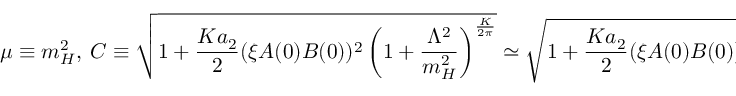
\mu \equiv m _ { H } ^ { 2 } , ~ C \equiv \sqrt { 1 + \frac { K a _ { 2 } } { 2 } ( \xi A ( 0 ) B ( 0 ) ) ^ { 2 } \left( 1 + \frac { \Lambda ^ { 2 } } { m _ { H } ^ { 2 } } \right) ^ { \frac { K } { 2 \pi } } } \simeq \sqrt { 1 + \frac { K a _ { 2 } } { 2 } ( \xi A ( 0 ) B ( 0 ) ) ^ { 2 } \left( 1 + \frac { \Lambda ^ { 2 } } { m _ { H } ^ { 2 } } \frac { K } { 2 \pi } \right) } .